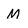
Character: M